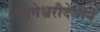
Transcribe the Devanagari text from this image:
योगेश्वरीदेवीने